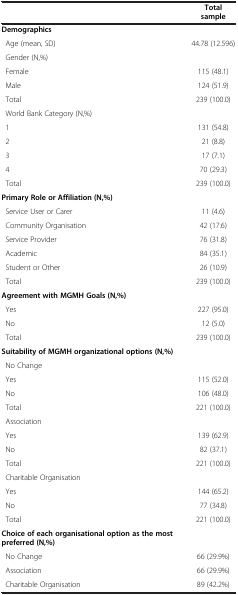
<table><thead><tr><td><b> </b></td><td><b>Total sample</b></td></tr></thead><tbody><tr><td><b>Demographics</b></td><td> </td></tr><tr><td> Age (mean, SD)</td><td>44.78 (12.596)</td></tr><tr><td> Gender (N,%)</td><td> </td></tr><tr><td> Female</td><td>115 (48.1)</td></tr><tr><td> Male</td><td>124 (51.9)</td></tr><tr><td> Total</td><td>239 (100.0)</td></tr><tr><td> World Bank Category (N,%)</td><td> </td></tr><tr><td> 1</td><td>131 (54.8)</td></tr><tr><td> 2</td><td>21 (8.8)</td></tr><tr><td> 3</td><td>17 (7.1)</td></tr><tr><td> 4</td><td>70 (29.3)</td></tr><tr><td> Total</td><td>239 (100.0)</td></tr><tr><td><b>Primary Role or Affiliation (N,%)</b></td><td> </td></tr><tr><td> Service User or Carer</td><td>11 (4.6)</td></tr><tr><td> Community Organisation</td><td>42 (17.6)</td></tr><tr><td> Service Provider</td><td>76 (31.8)</td></tr><tr><td> Academic</td><td>84 (35.1)</td></tr><tr><td> Student or Other</td><td>26 (10.9)</td></tr><tr><td> Total</td><td>239 (100.0)</td></tr><tr><td><b>Agreement with MGMH Goals (N,%)</b></td><td> </td></tr><tr><td> Yes</td><td>227 (95.0)</td></tr><tr><td> No</td><td>12 (5.0)</td></tr><tr><td> Total</td><td>239 (100.0)</td></tr><tr><td><b>Suitability of MGMH organizational options (N,%)</b></td><td> </td></tr><tr><td> No Change</td><td> </td></tr><tr><td> Yes</td><td>115 (52.0)</td></tr><tr><td> No</td><td>106 (48.0)</td></tr><tr><td> Total</td><td>221 (100.0)</td></tr><tr><td> Association</td><td> </td></tr><tr><td> Yes</td><td>139 (62.9)</td></tr><tr><td> No</td><td>82 (37.1)</td></tr><tr><td> Total</td><td>221 (100.0)</td></tr><tr><td> Charitable Organisation</td><td> </td></tr><tr><td> Yes</td><td>144 (65.2)</td></tr><tr><td> No</td><td>77 (34.8)</td></tr><tr><td> Total</td><td>221 (100.0)</td></tr><tr><td><b>Choice of each organisational option as the most preferred (N,%)</b></td><td> </td></tr><tr><td> No Change</td><td>66 (29.9%)</td></tr><tr><td> Association</td><td>66 (29.9%)</td></tr><tr><td> Charitable Organisation</td><td>89 (42.2%)</td></tr></tbody></table>